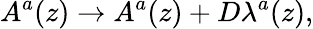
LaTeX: A^{a}(z)\rightarrow A^{a}(z)+D\lambda^{a}(z),